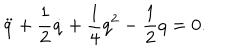
\ddot { q } + \frac { 1 } { 2 } \dot { q } + \frac { 1 } { 4 } q ^ { 2 } - \frac { 1 } { 2 } q = 0 .